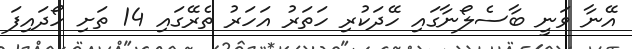
އޭނާ ވަނީ ބާސެލޯނާގައި ހޭދަކުރި ހަތަރު އަހަރު ތެރޭގައި 14 ތަށި ހޯދައިފަ